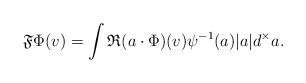
LaTeX: \begin{align*} \mathfrak F\Phi(v) = \int \mathfrak R(a\cdot \Phi)(v) \psi^{-1}(a) |a|d^\times a.\end{align*}